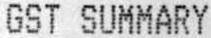
GST SUMMARY